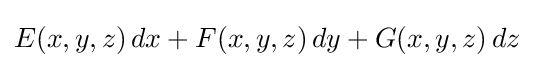
E(x,y,z)\,dx+F(x,y,z)\,dy+G(x,y,z)\,dz